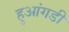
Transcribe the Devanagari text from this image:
हुआंगडी